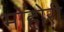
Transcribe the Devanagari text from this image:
मोहोरी